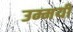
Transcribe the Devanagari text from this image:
उम्मयी